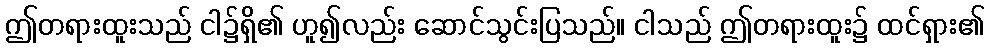
ဤတရားထူးသည် ငါ၌ရှိ၏ ဟူ၍လည်း ဆောင်သွင်းပြသည်။ ငါသည် ဤတရားထူး၌ ထင်ရှား၏